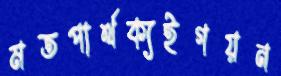
মতপার্থক্যইগয়ন